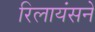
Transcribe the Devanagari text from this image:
रिलायंसने